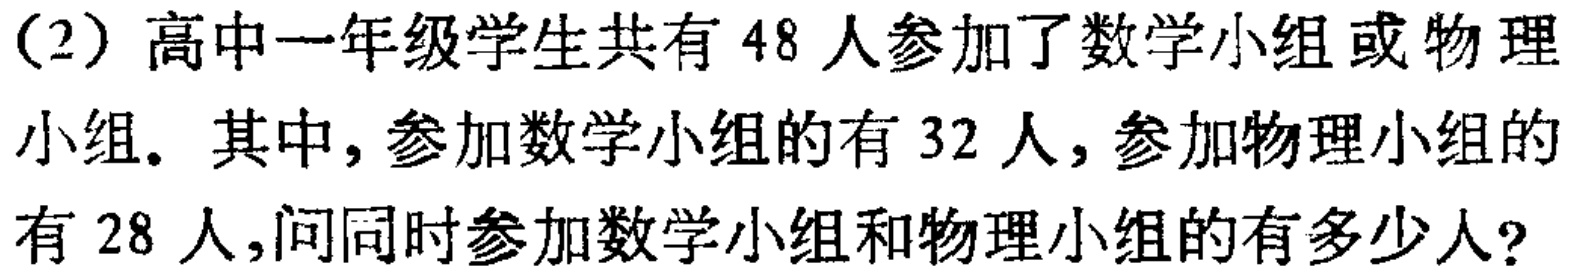
（2）高中一年级学生共有 48 人参加了数学小组或物理小组。其中，参加数学小组的有 32 人，参加物理小组的有 28 人，问同时参加数学小组和物理小组的有多少人？